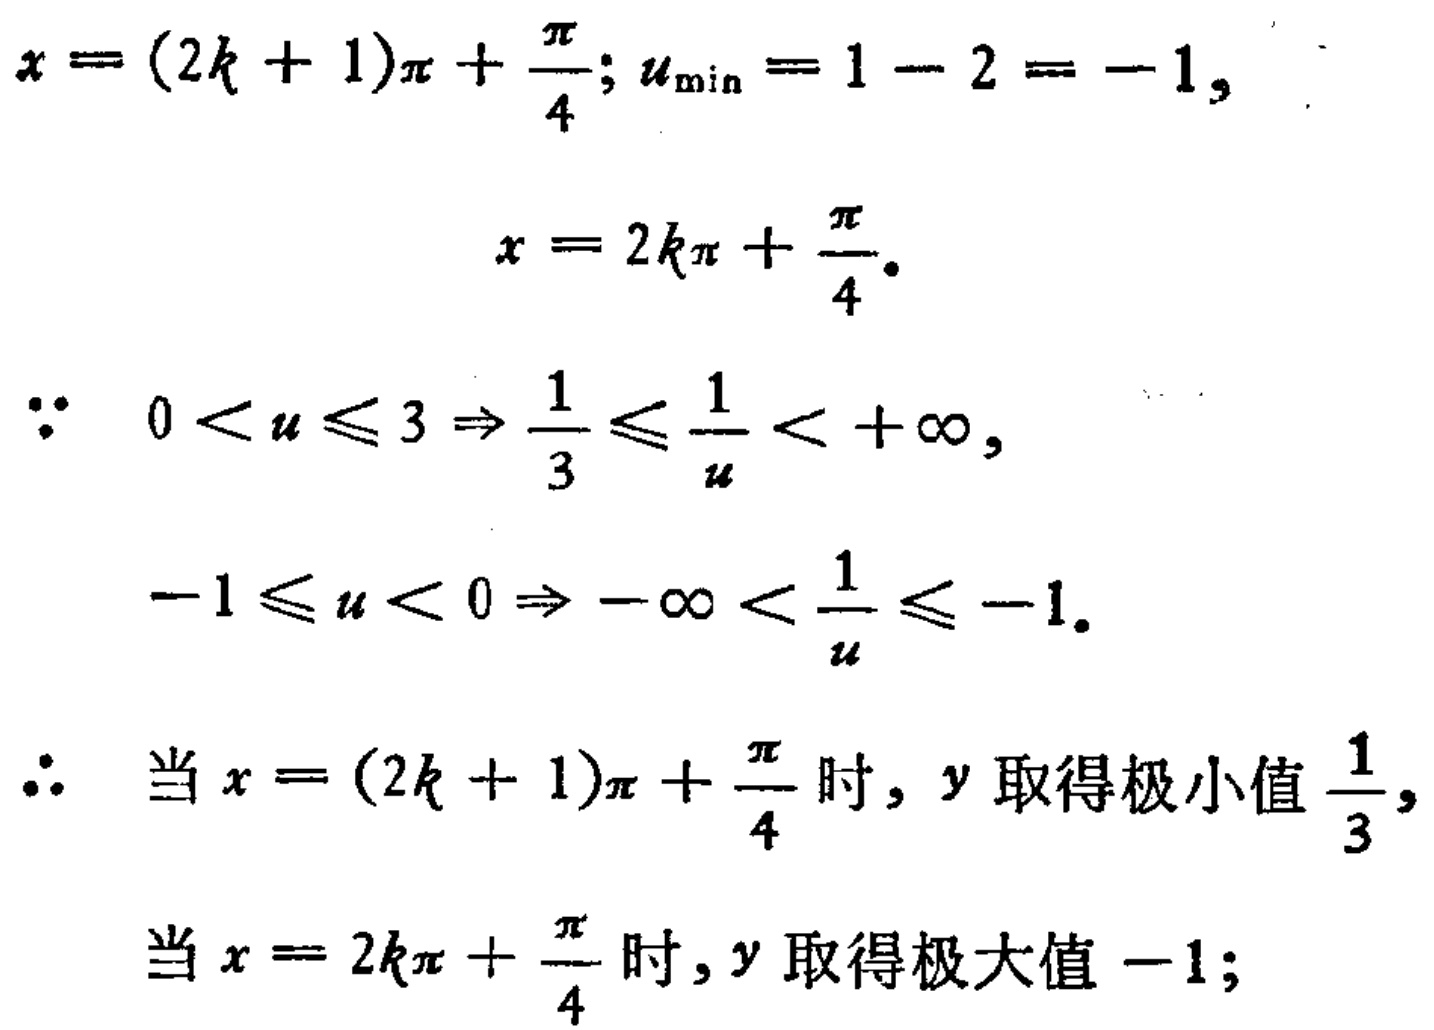
\[

\begin{align*}

x&=(2k + 1)\pi+\frac{\pi}{4}; u_{\min}=1 - 2=-1,\\

x&=2k\pi+\frac{\pi}{4}.\\

\because\ 0\lt u\leqslant3&\Rightarrow\frac{1}{3}\leqslant\frac{1}{u}\lt+\infty,\\

-1\leqslant u\lt0&\Rightarrow-\infty\lt\frac{1}{u}\leqslant - 1.\\

\therefore\ \text{当}x&=(2k + 1)\pi+\frac{\pi}{4}\text{ 时}, y\text{ 取得极小值}\frac{1}{3},\\

\text{当}x&=2k\pi+\frac{\pi}{4}\text{ 时}, y\text{ 取得极大值}-1;

\end{align*}

\]